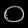
Digit: ၀